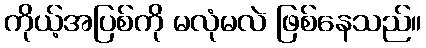
ကိုယ့်အပြစ်ကို မလုံမလဲ ဖြစ်နေသည်။